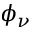
\phi _ { \nu }